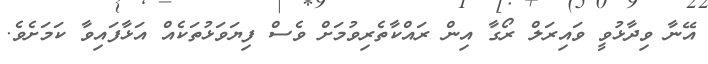
އޭނާ ވިދާޅުވީ ވައިރަލް ރޯގާ އިން ރައްކާތެރިވުމަށް ވެސް ފިޔަވަޅުތަކެއް އަޅާފައިވާ ކަމަށެވެ.